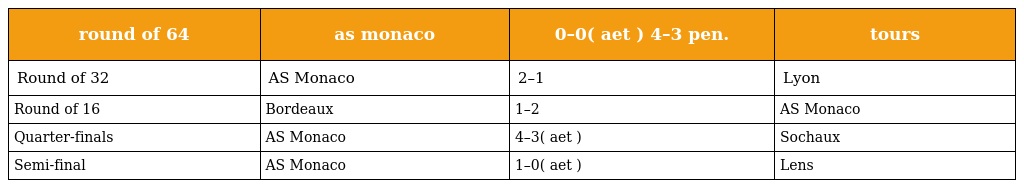
| round of 64 | as monaco | 0–0( aet ) 4–3 pen. | tours |
 | --- | --- | --- | --- |
 | Round of 32 | AS Monaco | 2–1 | Lyon |
 | Round of 16 | Bordeaux | 1–2 | AS Monaco |
 | Quarter-finals | AS Monaco | 4–3( aet ) | Sochaux |
 | Semi-final | AS Monaco | 1–0( aet ) | Lens |